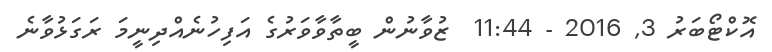
އޮކްޓޯބަރު 3